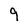
Character: 9